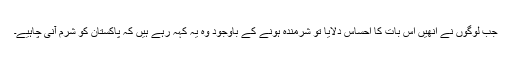
جب لوگوں نے انھیں اس بات کا احساس دلایا تو شرمندہ ہونے کے باوجود وہ یہ کہہ رہے ہیں کہ پاکستان کو شرم آنی چاہیے۔